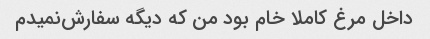
داخل مرغ کاملا خام بود من که دیگه سفارش‌نمیدم